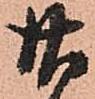
廿